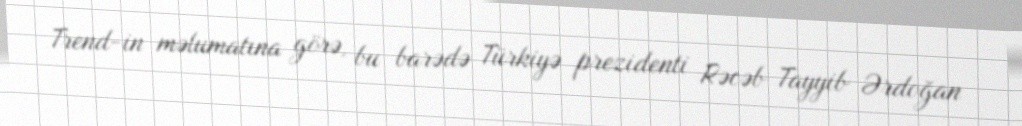
Trend-in məlumatına görə, bu barədə Türkiyə prezidenti Rəcəb Tayyib Ərdoğan